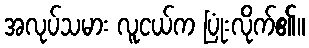
အလုပ်သမား လူငယ်က ပြုံးလိုက်၏။